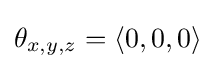
\mathbf {\theta } _{x,y,z}=\langle 0,0,0\rangle